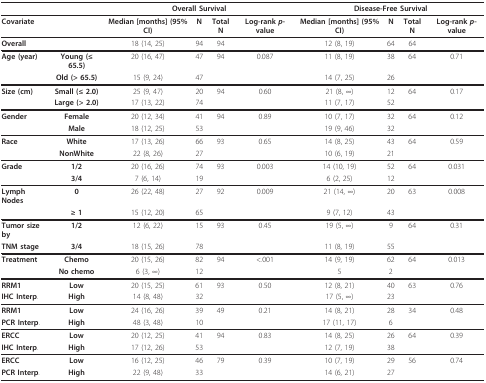
<table><thead><tr><td></td><td></td><td colspan="4"><b>Overall Survival</b></td><td colspan="4"><b>Disease-Free Survival</b></td></tr></thead><tbody><tr><td><b>Covariate</b></td><td></td><td><b>Median [months] (95% CI)</b></td><td><b>N</b></td><td><b>Total N</b></td><td><b>Log-rank <i>p</i>-value</b></td><td><b>Median [months] (95% CI)</b></td><td><b>N</b></td><td><b>Total N</b></td><td><b>Log-rank <i>p</i>-value</b></td></tr><tr><td><b>Overall</b></td><td></td><td>18 (14, 25)</td><td>94</td><td>94</td><td></td><td>12 (8, 19)</td><td>64</td><td>64</td><td></td></tr><tr><td><b>Age (year)</b></td><td><b>Young (≤ 65.5)</b></td><td>20 (16, 47)</td><td>47</td><td>94</td><td>0.087</td><td>11 (8, 19)</td><td>38</td><td>64</td><td>0.71</td></tr><tr><td></td><td><b>Old (&gt; 65.5)</b></td><td>15 (9, 24)</td><td>47</td><td></td><td></td><td>14 (7, 25)</td><td>26</td><td></td><td></td></tr><tr><td><b>Size (cm)</b></td><td><b>Small (≤ 2.0)</b></td><td>25 (9, 47)</td><td>20</td><td>94</td><td>0.60</td><td>21 (8, ∞)</td><td>12</td><td>64</td><td>0.17</td></tr><tr><td></td><td><b>Large (&gt; 2.0)</b></td><td>17 (13, 22)</td><td>74</td><td></td><td></td><td>11 (7, 17)</td><td>52</td><td></td><td></td></tr><tr><td><b>Gender</b></td><td><b>Female</b></td><td>20 (12, 34)</td><td>41</td><td>94</td><td>0.89</td><td>10 (7, 17)</td><td>32</td><td>64</td><td>0.12</td></tr><tr><td></td><td><b>Male</b></td><td>18 (12, 25)</td><td>53</td><td></td><td></td><td>19 (9, 46)</td><td>32</td><td></td><td></td></tr><tr><td><b>Race</b></td><td><b>White</b></td><td>17 (13, 26)</td><td>66</td><td>93</td><td>0.65</td><td>14 (8, 25)</td><td>43</td><td>64</td><td>0.59</td></tr><tr><td></td><td><b>NonWhite</b></td><td>22 (8, 26)</td><td>27</td><td></td><td></td><td>10 (6, 19)</td><td>21</td><td></td><td></td></tr><tr><td><b>Grade</b></td><td><b>1/2</b></td><td>20 (16, 26)</td><td>74</td><td>93</td><td>0.003</td><td>14 (10, 19)</td><td>52</td><td>64</td><td>0.031</td></tr><tr><td></td><td><b>3/4</b></td><td>7 (6, 14)</td><td>19</td><td></td><td></td><td>6 (2, 25)</td><td>12</td><td></td><td></td></tr><tr><td><b>Lymph Nodes</b></td><td><b>0</b></td><td>26 (22, 48)</td><td>27</td><td>92</td><td>0.009</td><td>21 (14, ∞)</td><td>20</td><td>63</td><td>0.008</td></tr><tr><td></td><td><b>≥ 1</b></td><td>15 (12, 20)</td><td>65</td><td></td><td></td><td>9 (7, 12)</td><td>43</td><td></td><td></td></tr><tr><td><b>Tumor size by</b></td><td><b>1/2</b></td><td>12 (6, 22)</td><td>15</td><td>93</td><td>0.45</td><td>19 (5, ∞)</td><td>9</td><td>64</td><td>0.31</td></tr><tr><td><b>TNM stage</b></td><td><b>3/4</b></td><td>18 (15, 26)</td><td>78</td><td></td><td></td><td>11 (8, 19)</td><td>55</td><td></td><td></td></tr><tr><td><b>Treatment</b></td><td><b>Chemo</b></td><td>20 (15, 26)</td><td>82</td><td>94</td><td>&lt;.001</td><td>14 (9, 19)</td><td>62</td><td>64</td><td>0.013</td></tr><tr><td></td><td><b>No chemo</b></td><td>6 (3, ∞)</td><td>12</td><td></td><td></td><td>5</td><td>2</td><td></td><td></td></tr><tr><td><b>RRM1</b></td><td><b>Low</b></td><td>20 (15, 25)</td><td>61</td><td>93</td><td>0.50</td><td>12 (8, 21)</td><td>40</td><td>63</td><td>0.76</td></tr><tr><td><b>IHC Interp</b>.</td><td><b>High</b></td><td>14 (8, 48)</td><td>32</td><td></td><td></td><td>17 (5, ∞)</td><td>23</td><td></td><td></td></tr><tr><td><b>RRM1</b></td><td><b>Low</b></td><td>24 (16, 26)</td><td>39</td><td>49</td><td>0.21</td><td>14 (8, 21)</td><td>28</td><td>34</td><td>0.48</td></tr><tr><td><b>PCR Interp</b>.</td><td><b>High</b></td><td>48 (3, 48)</td><td>10</td><td></td><td></td><td>17 (11, 17)</td><td>6</td><td></td><td></td></tr><tr><td><b>ERCC</b></td><td><b>Low</b></td><td>20 (12, 25)</td><td>41</td><td>94</td><td>0.83</td><td>14 (8, 25)</td><td>26</td><td>64</td><td>0.39</td></tr><tr><td><b>IHC Interp</b>.</td><td><b>High</b></td><td>17 (12, 26)</td><td>53</td><td></td><td></td><td>12 (7, 19)</td><td>38</td><td></td><td></td></tr><tr><td><b>ERCC</b></td><td><b>Low</b></td><td>16 (12, 25)</td><td>46</td><td>79</td><td>0.39</td><td>10 (7, 19)</td><td>29</td><td>56</td><td>0.74</td></tr><tr><td><b>PCR Interp</b>.</td><td><b>High</b></td><td>22 (9, 48)</td><td>33</td><td></td><td></td><td>14 (6, 21)</td><td>27</td><td></td><td></td></tr></tbody></table>